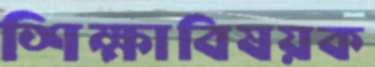
শিক্ষাবিষয়ক